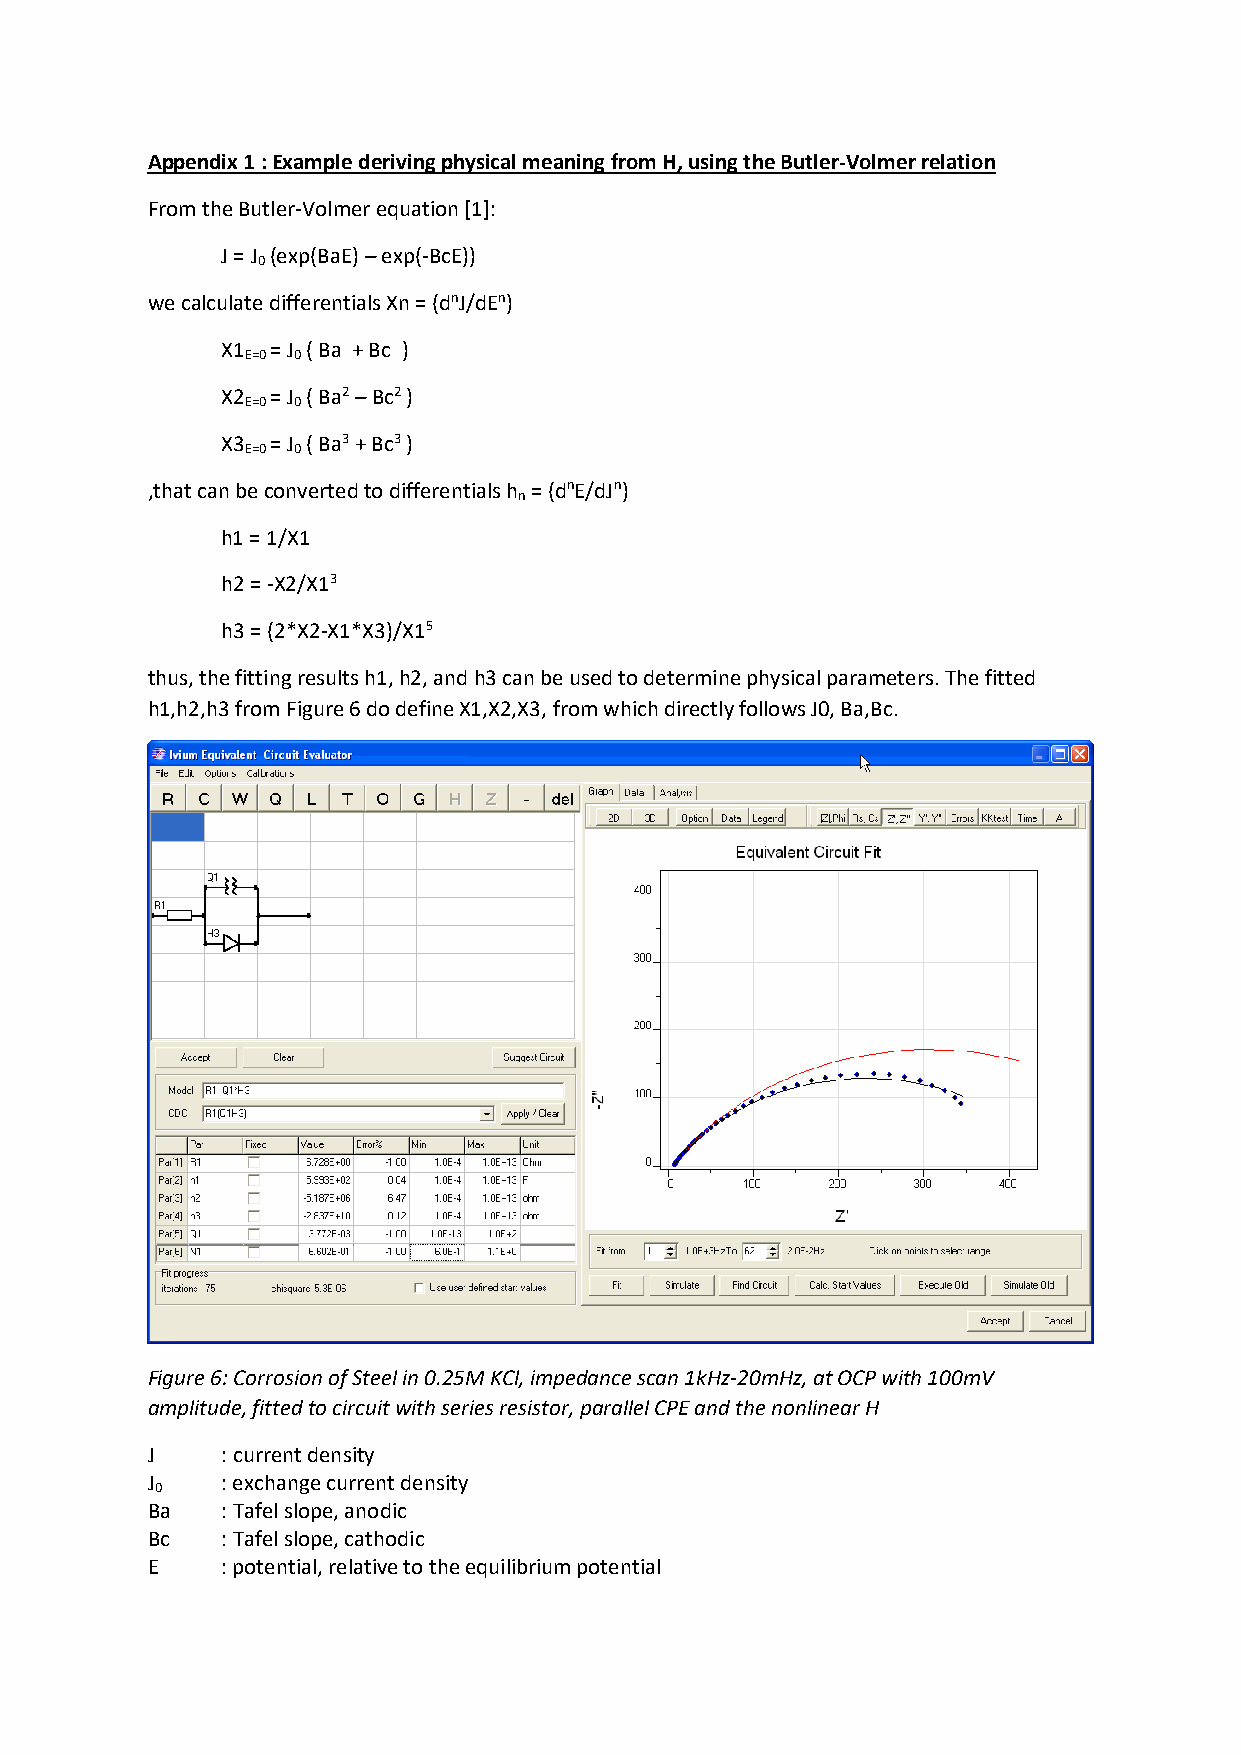
Appendix 1 : Example deriving physical meaning from H, using the Butler-Volmer relation
 From the Butler-Volmer equation [1]:
 J = J (exp(BaE) – exp(-BcE))
 0
 we calculate differentials Xn = (dnJ/dEn)
 X1 = J ( Ba + Bc )
 E=0 0
 X2 = J ( Ba2 – Bc2 )
 E=0 0
 X3 = J ( Ba3 + Bc3 )
 E=0 0
 ,that can be converted to differentials h = (dnE/dJn)
 n
 h1 = 1/X1
 h2 = -X2/X13
 h3 = (2*X2-X1*X3)/X15
 thus, the fitting results h1, h2, and h3 can be used to determine physical parameters. The fitted
 h1,h2,h3 from Figure 6 do define X1,X2,X3, from which directly follows J0, Ba,Bc.
 Figure 6: Corrosion of Steel in 0.25M KCl, impedance scan 1kHz-20mHz, at OCP with 100mV
 amplitude, fitted to circuit with series resistor, parallel CPE and the nonlinear H
 J    : current density
 J    : exchange current density
 0
 Ba   : Tafel slope, anodic
 Bc   : Tafel slope, cathodic
 E    : potential, relative to the equilibrium potential